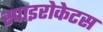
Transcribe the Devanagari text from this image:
स्पाइरोकेटस